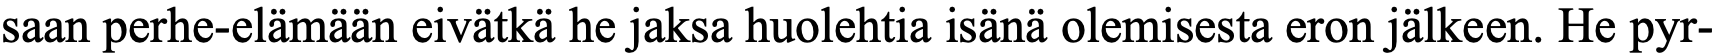
saan perhe-elämään eivätkä he jaksa huolehtia isänä olemisesta eron jälkeen. He pyr-